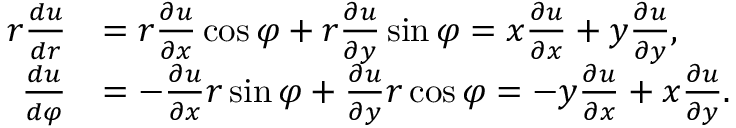
{ \begin{array} { r l } { r { \frac { d u } { d r } } } & { = r { \frac { \partial u } { \partial x } } \cos \varphi + r { \frac { \partial u } { \partial y } } \sin \varphi = x { \frac { \partial u } { \partial x } } + y { \frac { \partial u } { \partial y } } , } \\ { { \frac { d u } { d \varphi } } } & { = - { \frac { \partial u } { \partial x } } r \sin \varphi + { \frac { \partial u } { \partial y } } r \cos \varphi = - y { \frac { \partial u } { \partial x } } + x { \frac { \partial u } { \partial y } } . } \end{array} }